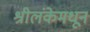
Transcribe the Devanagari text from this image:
श्रीलंकेमधून